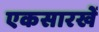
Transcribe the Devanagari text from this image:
एकसारखें